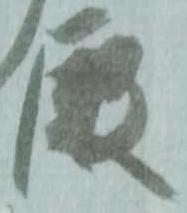
殿